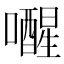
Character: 𫬞